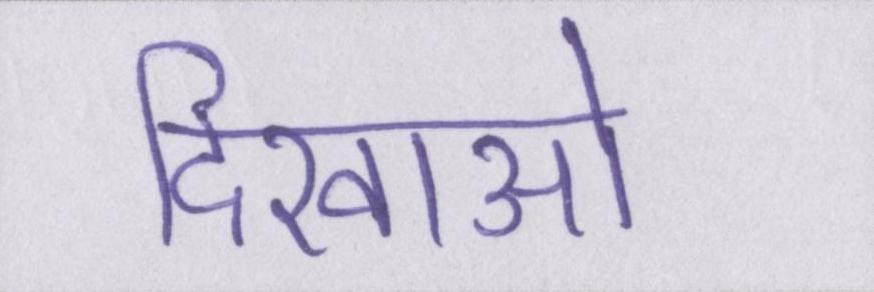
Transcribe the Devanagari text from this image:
दिखाओ